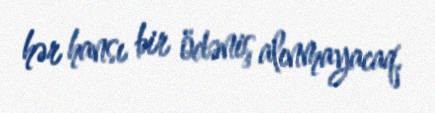
hər hansı bir ödəniş alınmayacaq.